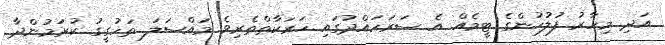
އަދި މިހާރު ފުލުހުންގެ ޓީމެއް އެ ސަރަހައްދުގައި ހަރަކާތްތެރިވެ މައްސަލަ ތަހުގީގު ކުރަމުންދާ